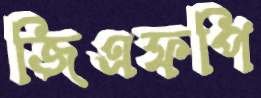
জিএফপি